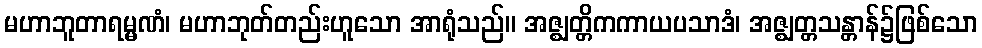
မဟာဘူတာရမ္မဏံ၊ မဟာဘုတ်တည်းဟူသော အာရုံသည်။ အဇ္ဈတ္တိကကာယပသာဒံ၊ အဇ္ဈတ္တသန္တာန်၌ဖြစ်သော